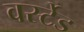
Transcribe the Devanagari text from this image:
वर्स्टेड